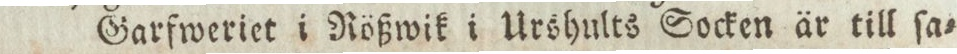
Garfweriet i Rößwik i Urshults Socken är till ſa=